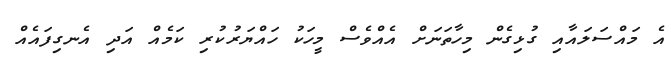
އެ މައްސަލައާއި ގުޅިގެން މިހާތަނަށް އެއްވެސް މީހަކު ހައްޔަރުކުރި ކަމެއް އަދި އެނގިފައެއް